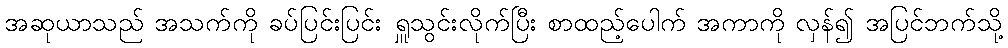
အဆုယာသည် အသက်ကို ခပ်ပြင်းပြင်း ရှူသွင်းလိုက်ပြီး စာထည့်ပေါက် အကာကို လှန်၍ အပြင်ဘက်သို့